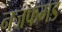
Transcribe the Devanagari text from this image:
नजफगड